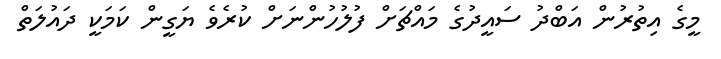
މީގެ އިތުރުން އަބްދު ސައީދުގެ މައްޗަށް ފުލުހުންނަށް ކުރެވެ ޔަގީން ކަމަކީ ދައުލަތް